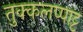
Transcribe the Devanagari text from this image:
तुक्कलप्पाट्ट